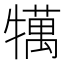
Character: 𤛶